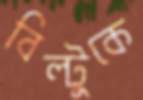
বিল্টুকে